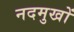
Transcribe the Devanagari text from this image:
नदमुखों